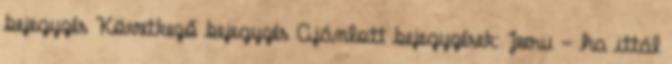
bejegyzés Következő bejegyzés Ajánlott bejegyzések: Jeeru - ha ittál